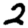
Digit: 2